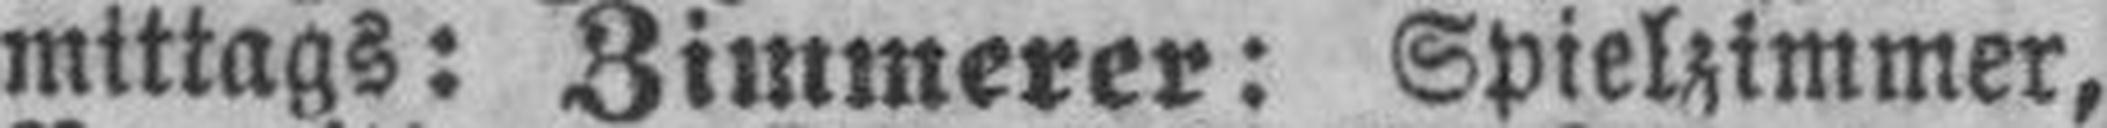
mittags: Zimmerer: Spielzimmer,